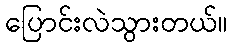
ပြောင်းလဲသွားတယ်။